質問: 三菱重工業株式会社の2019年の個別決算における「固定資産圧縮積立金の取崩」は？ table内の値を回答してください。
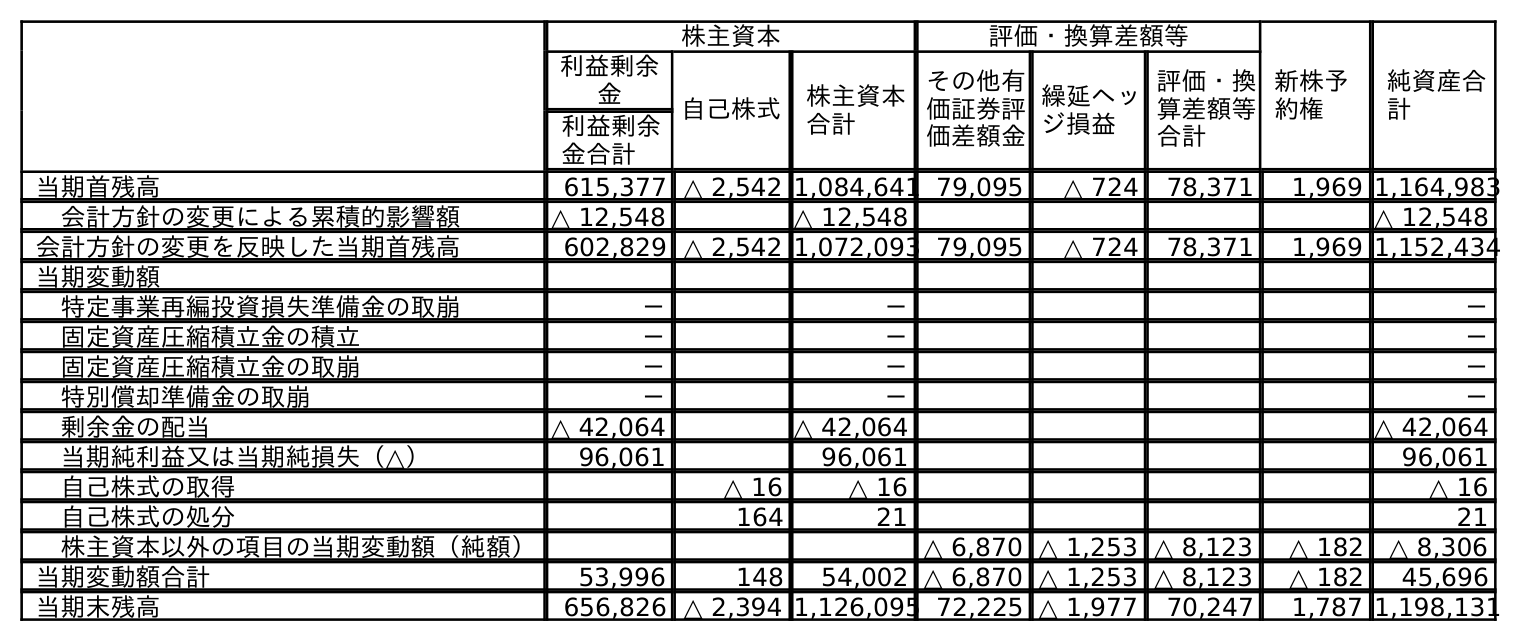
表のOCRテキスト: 株主資本 評価・換算差額等 新株予 約権 純資産合 計 利益剰余 金 自己株式 株主資本 合計 その他有 価証券評 価差額金 繰延ヘッ ジ損益 評価・換 算差額等 合計 利益剰余 金合計 当期首残高 615,377 △ 2,542 1,084,641 79,095 △ 724 78,371 1,969 1,164,983 会計方針の変更による累積的影響額 △ 12,548 △ 12,548 △ 12,548 会計方針の変更を反映した当期首残高 602,829 △ 2,542 1,072,093 79,095 △ 724 78,371 1,969 1,152,434 当期変動額 特定事業再編投資損失準備金の取崩 － － － 固定資産圧縮積立金の積立 － － － 固定資産圧縮積立金の取崩 － － － 特別償却準備金の取崩 － － － 剰余金の配当 △ 42,064 △ 42,064 △ 42,064 当期純利益又は当期純損失（△） 96,061 96,061 96,061 自己株式の取得 △ 16 △ 16 △ 16 自己株式の処分 164 21 21 株主資本以外の項目の当期変動額（純額） △ 6,870 △ 1,253 △ 8,123 △ 182 △ 8,306 当期変動額合計 53,996 148 54,002 △ 6,870 △ 1,253 △ 8,123 △ 182 45,696 当期末残高 656,826 △ 2,394 1,126,095 72,225 △ 1,977 70,247 1,787 1,198,131
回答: －